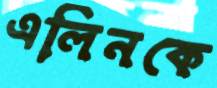
এলিনকে